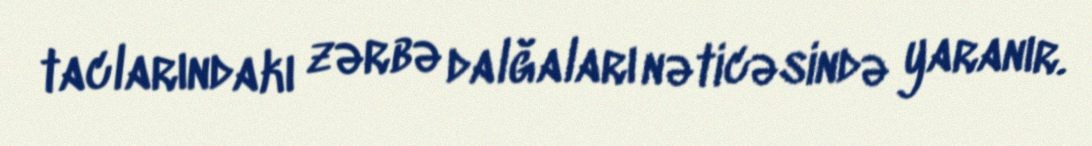
taclarındakı zərbə dalğaları nəticəsində yaranır.